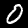
Label: 0